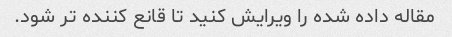
مقاله داده شده را ویرایش کنید تا قانع کننده تر شود.